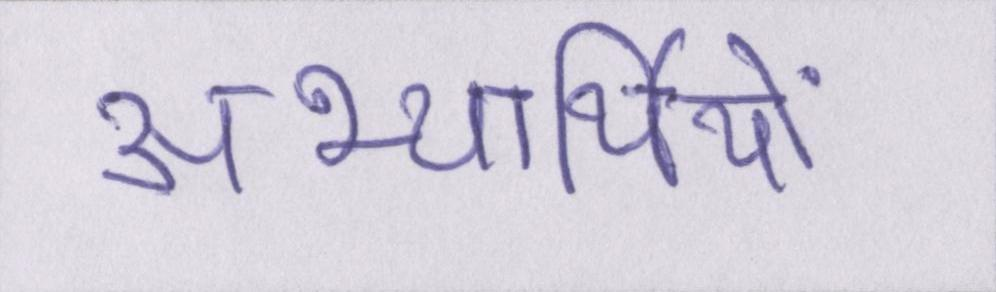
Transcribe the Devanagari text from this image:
अभ्यर्थियों